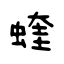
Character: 蝰